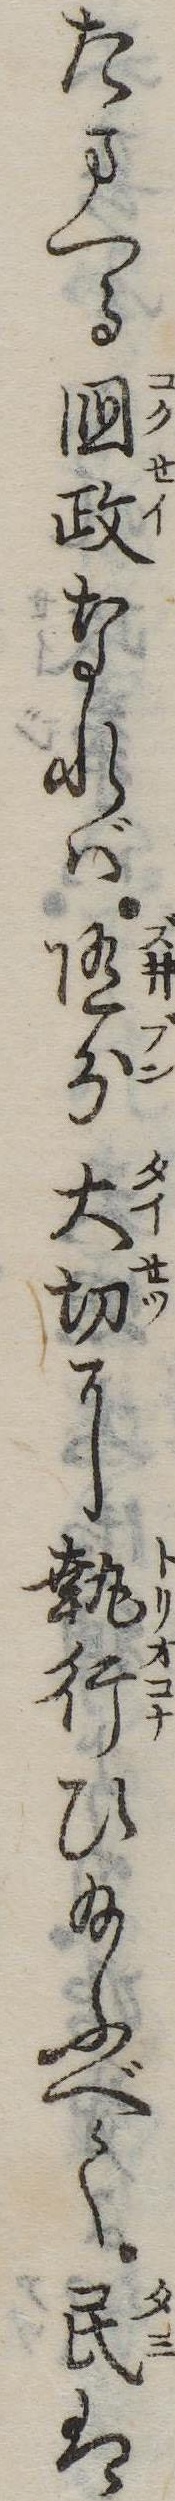
たまへる国政なれば随分大切に執行ひ給ふべく民は